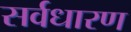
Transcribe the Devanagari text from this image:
सर्वधारण